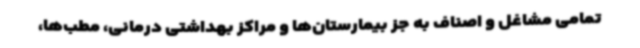
تمامی مشاغل و اصناف به جز بیمارستان‌ها و مراکز بهداشتی درمانی، مطب‌ها،